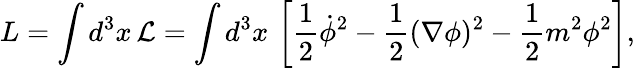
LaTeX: L=\int d^{3}x\, {\mathcal{L}}=\int d^{3}x\, \left[{\frac{1}{2}}{\dot{\phi}}^{2}-{\frac{1}{2}}(\nabla\phi)^{2}-{\frac{1}{2}}m^{2}\phi^{2}\right],